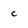
Character: c